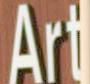
Art